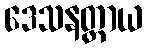
ဒေသနတ္ထာယ